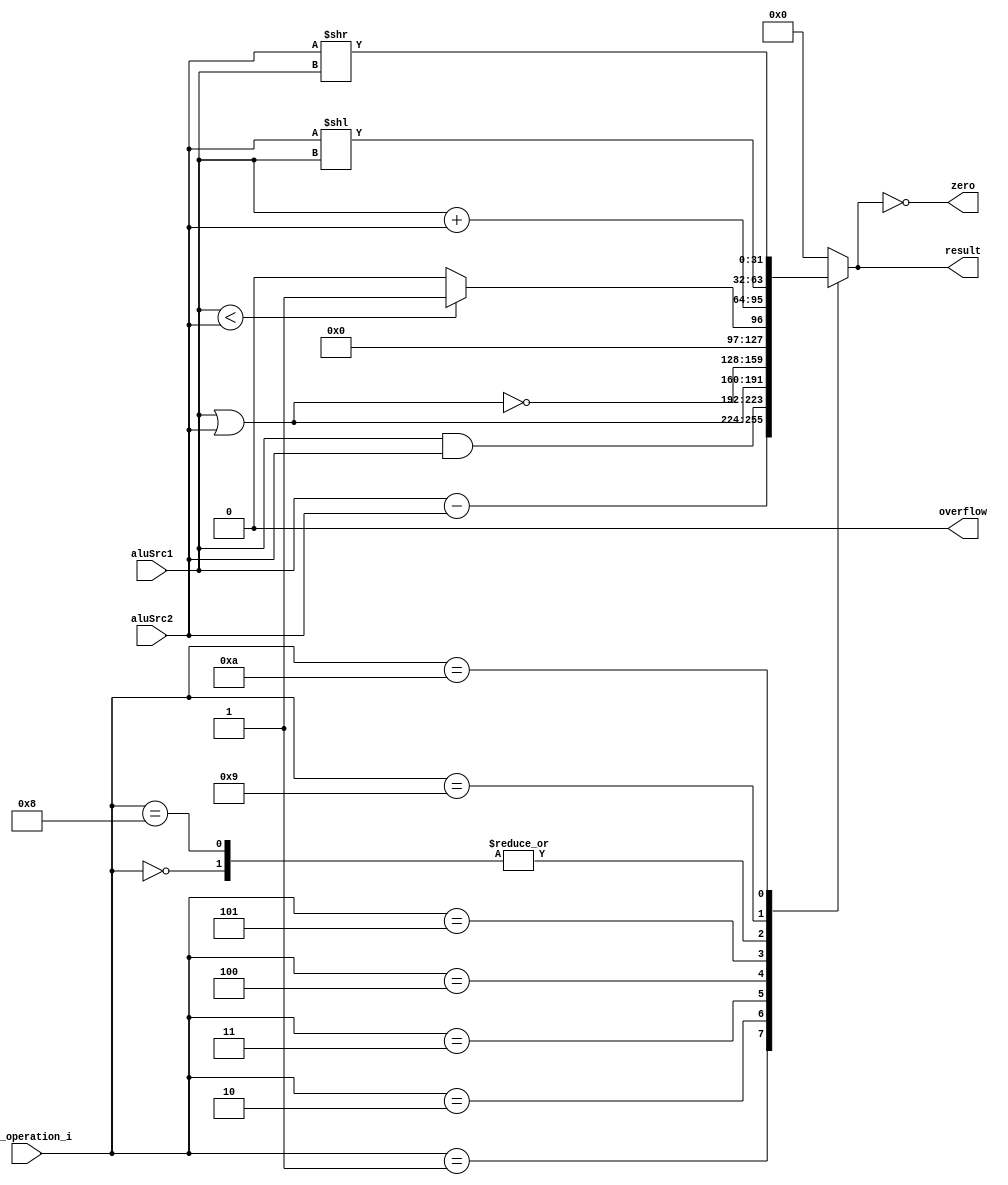
module ALU( aluSrc1, aluSrc2, ALU_operation_i, result, zero, overflow );

//I/O ports 
input	[32-1:0] aluSrc1;
input	[32-1:0] aluSrc2;
input	 [4-1:0] ALU_operation_i;

output	[32-1:0] result;
output			 zero;
output			 overflow;

//Internal Signals
wire			 zero;
wire			 overflow;
wire	[32-1:0] result;

//Main function
/*your code here*/
reg [32-1:0] res;
wire signed [32-1:0] signedSrc1=aluSrc1, signedSrc2=aluSrc2;
always @(*) begin
	case (ALU_operation_i)
		0: res = aluSrc1 + aluSrc2;
		1: res = aluSrc1 - aluSrc2;
		2: res = aluSrc1 & aluSrc2;
		3: res = aluSrc1 | aluSrc2;
		4: res = ~(aluSrc1 | aluSrc2);
		5: res = (signedSrc1 < signedSrc2) ? 1:0;
		8: res = aluSrc1 + aluSrc2;
		9: res = aluSrc2 << aluSrc1;
		10: res = aluSrc2 >> aluSrc1;
		default: res = 0;
	endcase
end

assign result = res;
assign zero = (result == 0);
assign overflow = 0;


endmodule